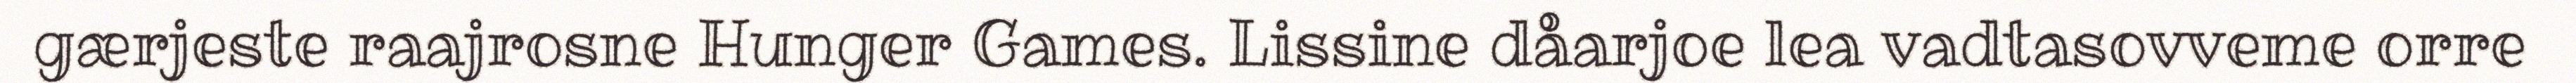
gærjeste raajrosne Hunger Games. Lissine dåarjoe lea vadtasovveme orre